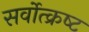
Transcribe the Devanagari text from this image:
सर्वोत्‍क्रष्‍ट